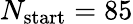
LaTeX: N_{\mathrm{start}}=85